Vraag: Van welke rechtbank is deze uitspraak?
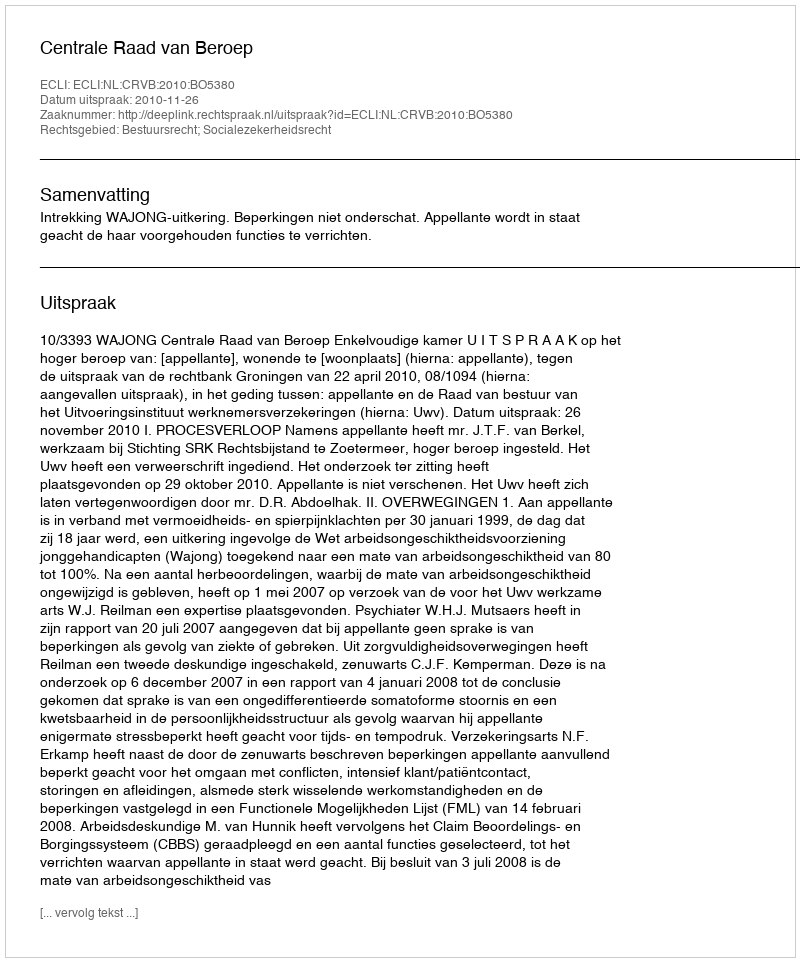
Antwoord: Centrale Raad van Beroep